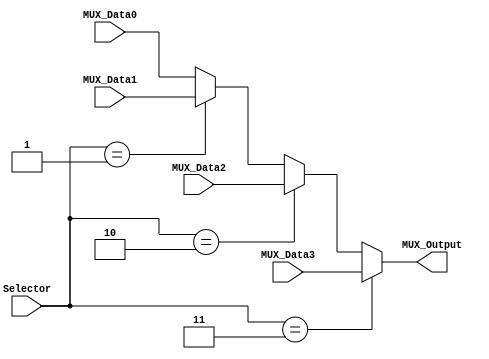
module Multiplexer4to1 #(parameter NBits=32)
(
	input [1:0] Selector,
	input [NBits-1:0] MUX_Data0,
	input [NBits-1:0] MUX_Data1,
	input [NBits-1:0] MUX_Data2,
	input [NBits-1:0] MUX_Data3,
	output reg [NBits-1:0] MUX_Output
);


	always@(*) 
		begin
			if(Selector == 2'b11)
				MUX_Output = MUX_Data3;
			else if(Selector == 2'b10)
				MUX_Output = MUX_Data2;
			else if(Selector == 2'b01)
				MUX_Output = MUX_Data1;
			else 
				MUX_Output = MUX_Data0;
		end

endmodule